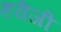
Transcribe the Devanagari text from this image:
हरीजी